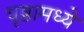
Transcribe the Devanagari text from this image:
पृष्ठामध्ये